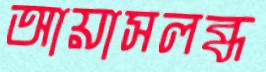
আয়াসলব্ধ